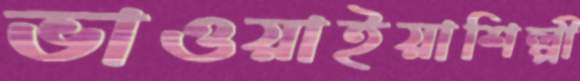
ভাওয়াইয়াশিল্পী